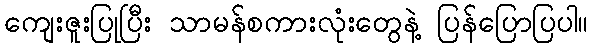
ကျေးဇူးပြုပြီး သာမန်စကားလုံးတွေနဲ့ ပြန်ပြောပြပါ။